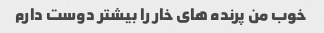
خوب من پرنده های خار را بیشتر دوست دارم